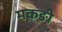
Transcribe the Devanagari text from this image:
मकङी